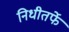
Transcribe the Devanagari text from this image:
निधीतर्फे